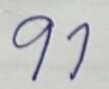
91